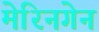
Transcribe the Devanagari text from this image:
मेरिनगेन